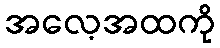
အလေ့အထကို